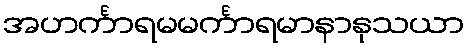
အဟင်္ကာရမမင်္ကာရမာနာနုသယာ